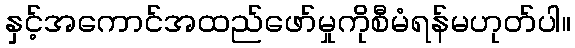
နှင့်အကောင်အထည်ဖော်မှုကိုစီမံရန်မဟုတ်ပါ။